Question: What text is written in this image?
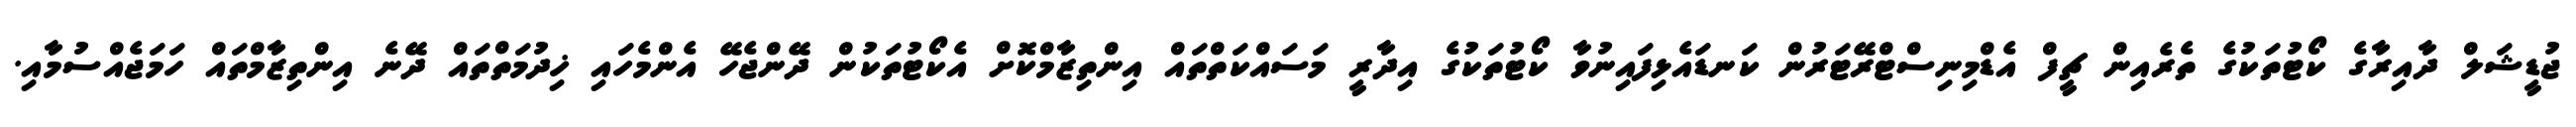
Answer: ޖުޑީޝަލް ދާއިރާގެ ކޯޓުތަކުގެ ތެރެއިން ޗީފް އެޑްމިނިސްޓްރޭޓަރުން ކަނޑައެޅިފައިނުވާ ކޯޓުތަކުގެ އިދާރީ މަސައްކަތްތައް އިންތިޒާމްކޮށް އެކޯޓުތަކުން ދޭންޖެހޭ އެންމެހައި ޚިދުމަތްތައް ދޭނެ އިންތިޒާމްތައް ހަމަޖެއްސުމާއި.